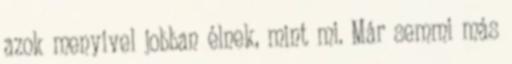
azok menyivel jobban élnek, mint mi. Már semmi más